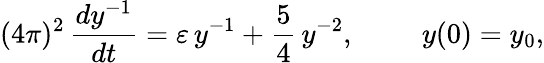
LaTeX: (4\pi)^{2}\, \frac{dy^{-1}}{dt}=\varepsilon\, y^{-1}+\frac{5}{4}\, y^{-2},\, \, \, \, \, \, \, \, \, \, \, \, \, \, y(0)=y_{0},